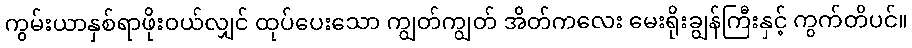
ကွမ်းယာနှစ်ရာဖိုးဝယ်လျှင် ထုပ်ပေးသော ကျွတ်ကျွတ် အိတ်ကလေး မေးရိုးချွန်ကြီးနှင့် ကွက်တိပင်။